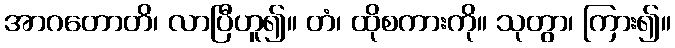
အာဂတောတိ၊ လာပြီဟူ၍။ တံ၊ ထိုစကားကို။ သုတွာ၊ ကြား၍။